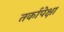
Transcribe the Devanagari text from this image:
तर्कापेक्षा